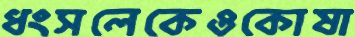
ধংসলেকেওকোষা